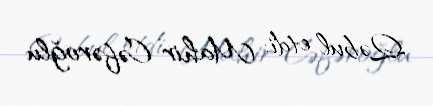
Qəbul etdi: Mahir Cəfəroğlu